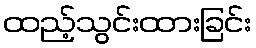
ထည့်သွင်းထားခြင်း